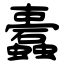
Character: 蠹